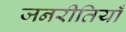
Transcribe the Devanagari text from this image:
जनरीतियाँ